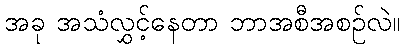
အခု အသံလွှင့်နေတာ ဘာအစီအစဉ်လဲ။